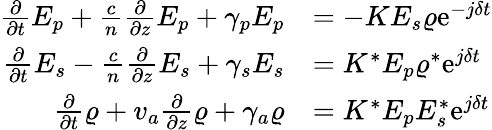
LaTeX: \begin{array}{rl}{\frac{\partial}{\partial t}E_{p}+\frac{c}{n}\frac{\partial}{\partial z}E_{p}+\gamma_{p}E_{p}}&{=-KE_{s}\varrho\mathrm{e}^{-j\delta t}}\\ {\frac{\partial}{\partial t}E_{s}-\frac{c}{n}\frac{\partial}{\partial z}E_{s}+\gamma_{s}E_{s}}&{=K^{*}E_{p}\varrho^{*}\mathrm{e}^{j\delta t}}\\ {\frac{\partial}{\partial t}\varrho+v_{a}\frac{\partial}{\partial z}\varrho+\gamma_{a}\varrho}&{=K^{*}E_{p}E_{s}^{*}\mathrm{e}^{j\delta t}}\end{array}